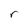
Character: r